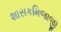
શાસકમિજાજી